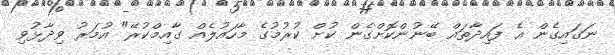
ނަގައިގެން އެ ފައިދާތައް ބޭނުންކޮށްގެން ކުށް ކުރުމުގެ މާހައުލެއް ގާއިމްކުރޭ" އުމަރު ވިދާޅުވި